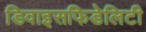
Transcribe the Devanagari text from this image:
डिवाइसफिडेलिटी